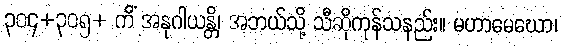
၃၀၄+၃၀၅+ ကိံ အနုဂါယန္တိ၊ အဘယ်သို့ သီဆိုကုန်သနည်း။ မဟာမေဃော၊